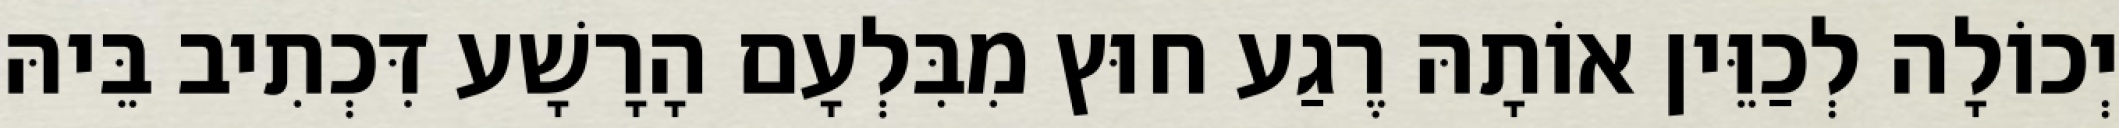
יְכוֹלָה לְכַוֵּין אוֹתָהּ רֶגַע חוּץ מִבִּלְעָם הָרָשָׁע דִּכְתִיב בֵּיהּ